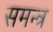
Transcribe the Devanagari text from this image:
समन्त्र